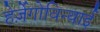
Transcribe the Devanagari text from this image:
हेर्ज़ेगोविन्याई